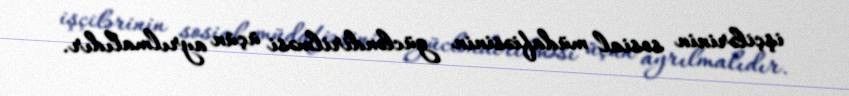
işçilərinin sosial müdafiəsinin gücləndirilməsi üçün ayrılmalıdır.